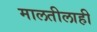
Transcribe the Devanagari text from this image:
मालतीलाही